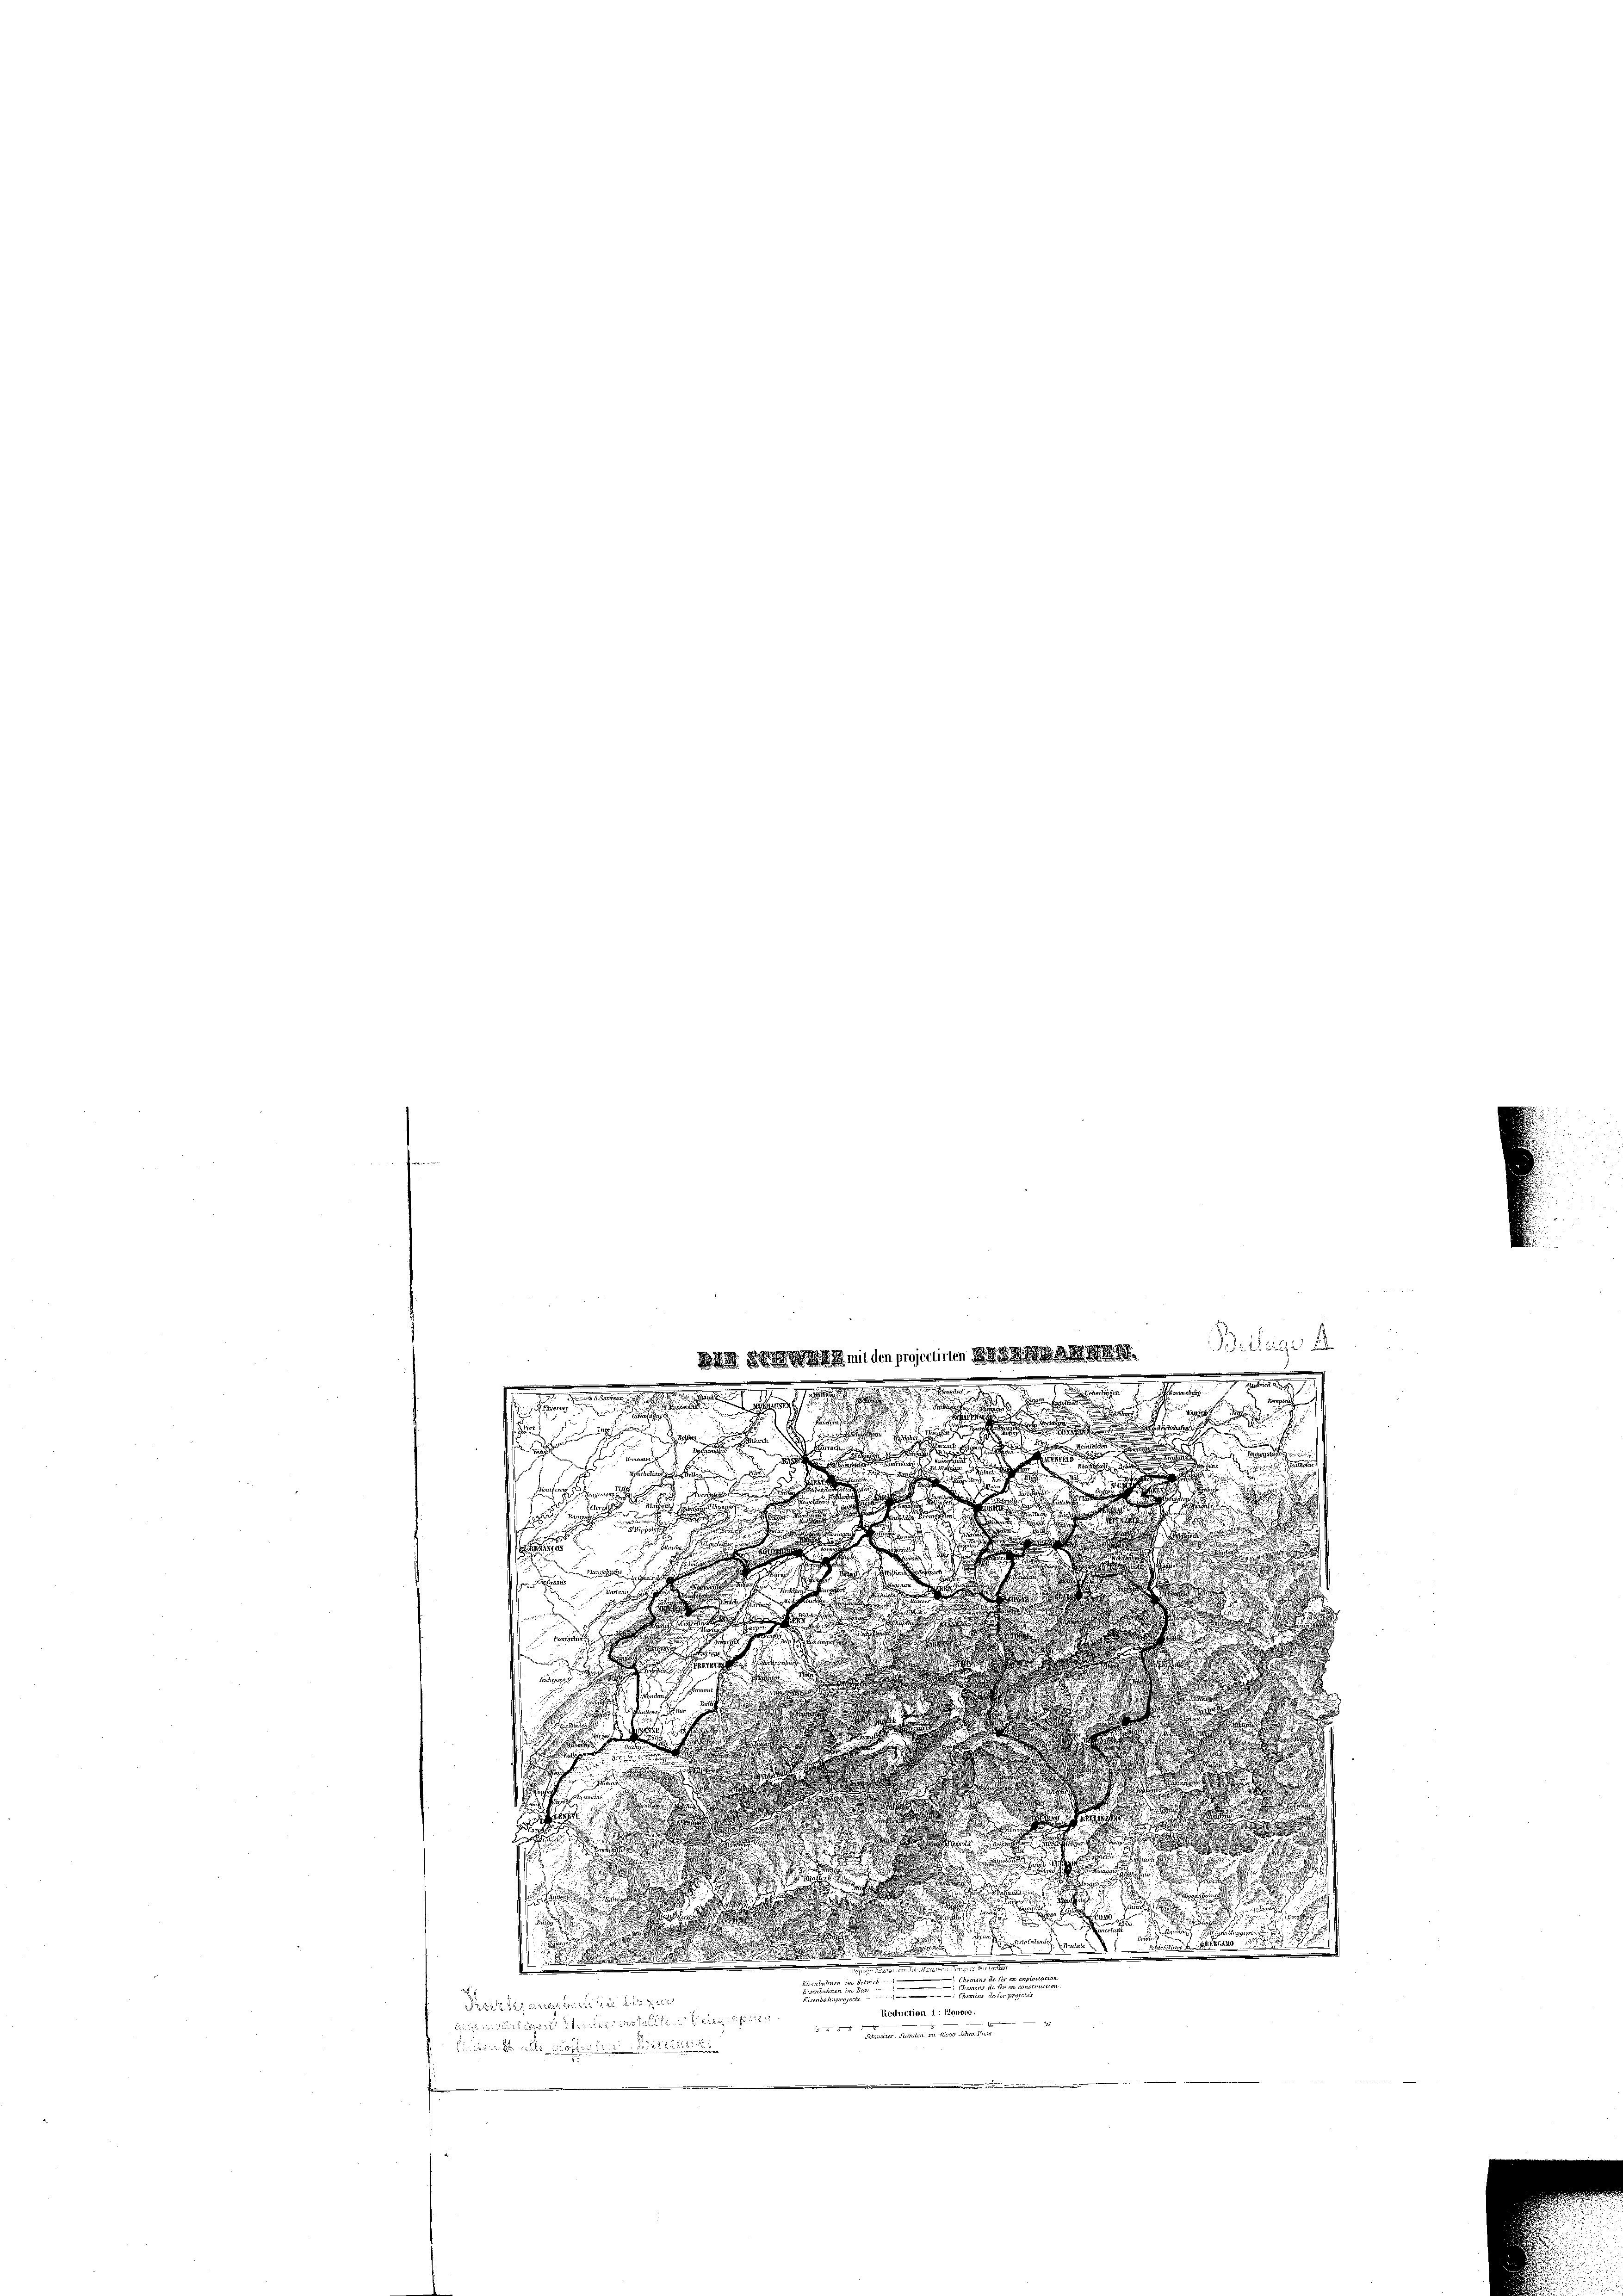
849

mit den projectirten

Beilage d
.

.
m

ad hoch diesen
S

i
e

n
s

u

d

e
i
d

n
Per
e

s

f. 827 und
d
d

e
u
d
c
s
s
d

.

i

.

un
n
u

Pertztangeber die bis zur
Reduction 1 : Invent
15
hei derseit seien erstellte eine des die Gener. Darsten in der sehen Feuer.
bi in solle offenden Sitzut
e